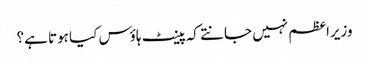
وزیراعظم نہیں جانتے کہ پینٹ ہاؤس کیا ہوتا ہے؟